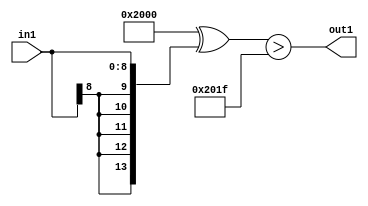
`timescale 1ps / 1ps
/*****************************************************************************
    Verilog RTL Description
    
    
    Created by: CellMath Designer 2019.1.01 
*******************************************************************************/

module float2fix_Gti31s9_4 (
	in1,
	out1
	); /* architecture "behavioural" */ 
input [8:0] in1;
output  out1;
wire  asc001;

assign asc001 = ((14'B10000000000000 ^ {{5{in1[8]}}, in1})>(14'B10000000000000 ^ 14'B00000000011111));

assign out1 = asc001;
endmodule

/* CADENCE  ubP1SgE= : u9/ySgnWtBlWxVPRXgAZ4Og= ** DO NOT EDIT THIS LINE ******/